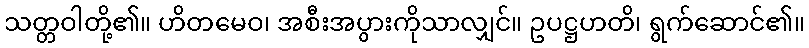
သတ္တဝါတို့၏။ ဟိတမေဝ၊ အစီးအပွားကိုသာလျှင်။ ဥပဋ္ဌဟတိ၊ ရွက်ဆောင်၏။